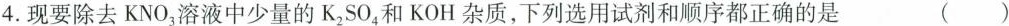
4. 现要除去KNO_{3}溶液中少量的K_{2}SO_{4}和KOH杂质，下列选用试剂和顺序都正确的是 ()